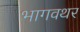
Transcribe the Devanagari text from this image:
भागवथर